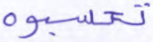
تحسبوه